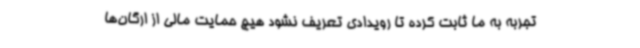
تجربه به ما ثابت کرده تا رویدادی تعریف نشود هیچ حمایت مالی از ارگان‌ها